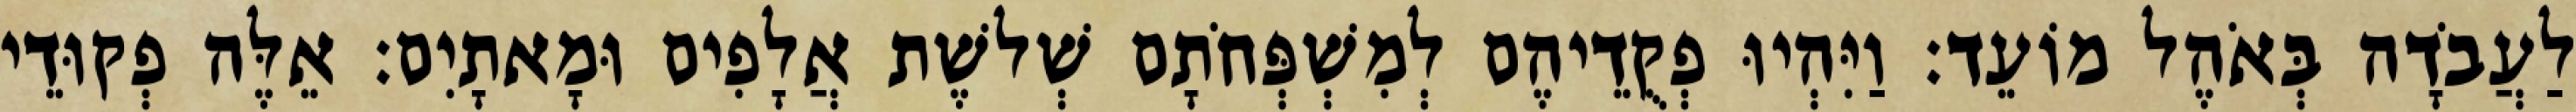
לַעֲבֹדָה בְּאֹהֶל מוֹעֵד׃ וַיִּהְיוּ פְקֻדֵיהֶם לְמִשְׁפְּחֹתָם שְׁלשֶׁת אֲלָפִים וּמָאתָיִם׃ אֵלֶּה פְקוּדֵי